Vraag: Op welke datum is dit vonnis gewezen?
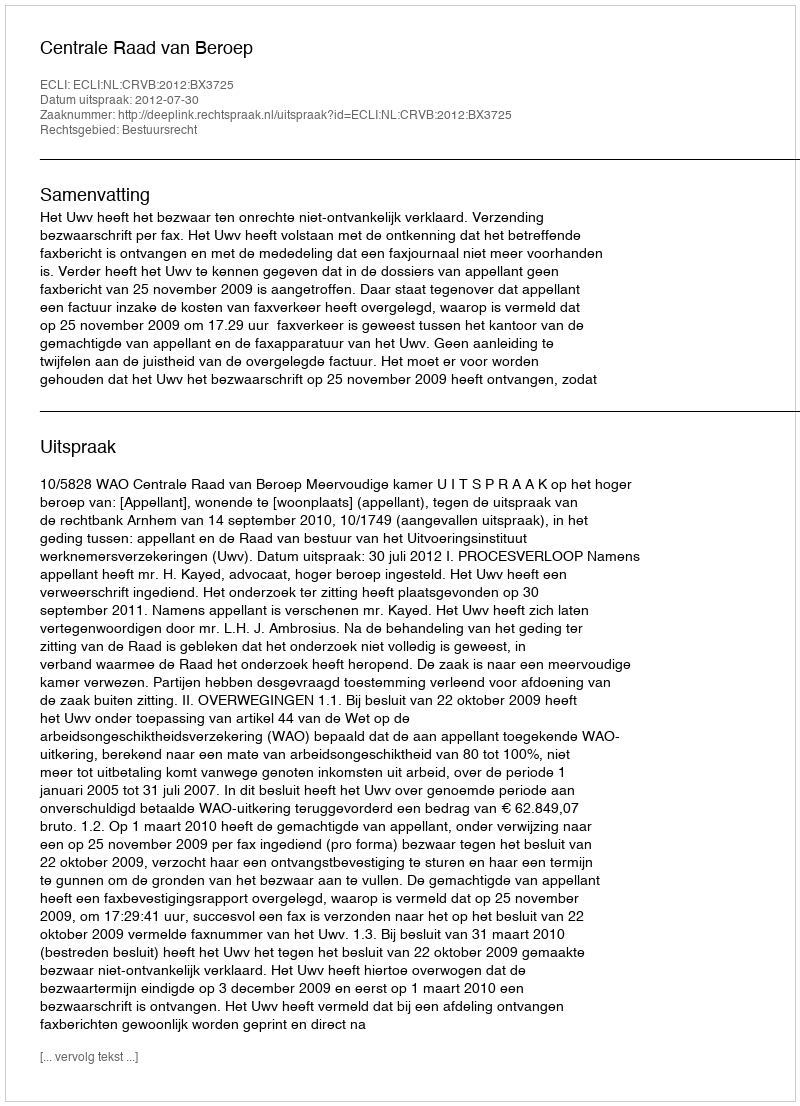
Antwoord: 2012-07-30